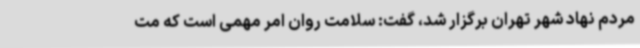
مردم نهاد شهر تهران برگزار شد، گفت: سلامت روان امر مهمی است که مت